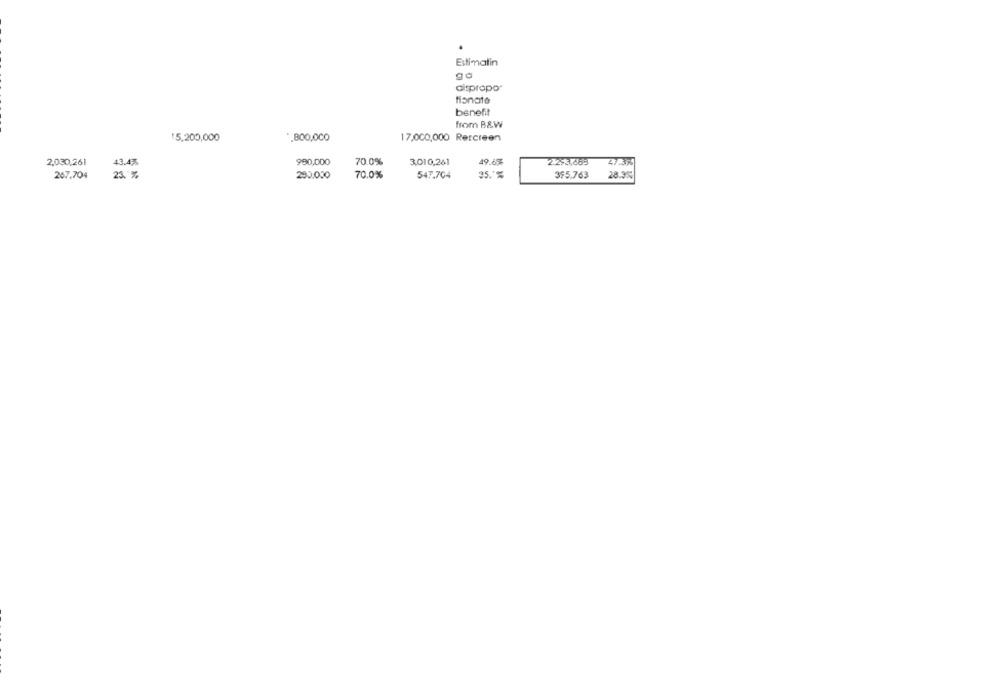
Estimatin
ga
Citpropor
tionate
benefit
from B&W
15,200,000
.800,000
17,000,000 Rescreen
2,030,261
43.4%
990,000
70.0%
3,010,261
49.69%
2.295,683
47.355
267.704
23.%
230.000
70.0%
547.704
35.1%
395,763
28.3%